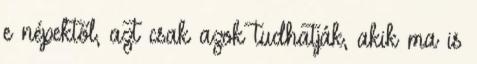
e népektől, azt csak azok tudhatják, akik ma is